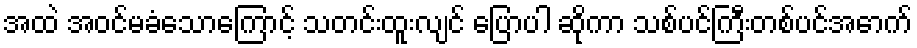
အထဲ အဝင်မခံသောကြောင့် သတင်းထူးလျင် ပြောပါ ဆိုကာ သစ်ပင်ကြီးတစ်ပင်အောက်